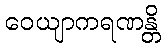
ဝေယျာကရဏန္တိ